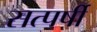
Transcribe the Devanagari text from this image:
सत्पर्षी